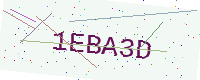
Text: 1EBA3D